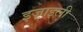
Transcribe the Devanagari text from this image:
इज़्राइली